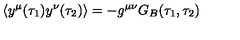
\langle y ^ { \mu } ( \tau _ { 1 } ) y ^ { \nu } ( \tau _ { 2 } ) \rangle = - g ^ { \mu \nu } G _ { B } ( \tau _ { 1 } , \tau _ { 2 } )